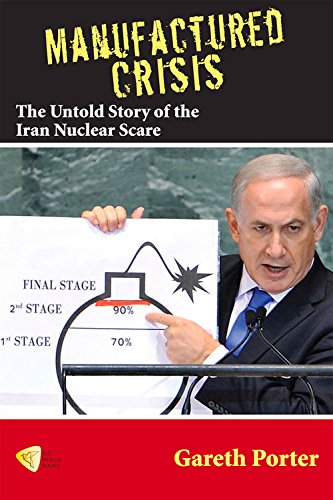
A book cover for Manufactured Crisis: The Untold Story of the Iran Nuclear Scare; Gareth Porter; History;